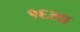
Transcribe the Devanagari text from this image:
१६ला